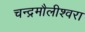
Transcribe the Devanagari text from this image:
चन्‍द्रमौलीश्‍वरा